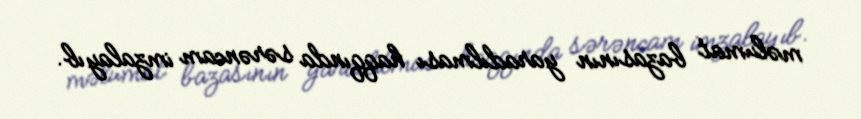
məlumat bazasının yaradılması haqqında sərəncam imzalayıb.